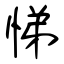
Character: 悌